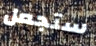
ستجعل